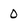
Character: 0